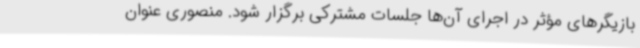
بازیگرهای مؤثر در اجرای آن‌ها جلسات مشترکی برگزار شود. منصوری عنوان